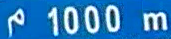
1000 m